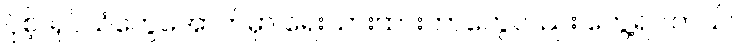
ပိုစ့်၊ ရုပ်သံတွေအောက်မှာ ရေးသားထားတာတွေလည်း တွေ့ရပါတယ်။